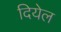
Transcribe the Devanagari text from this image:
दियेल